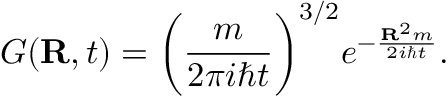
G ( \mathbf { R } , t ) = { \bigg ( } { \frac { m } { 2 \pi i \hbar t } } { \bigg ) } ^ { 3 / 2 } e ^ { - { \frac { \mathbf { R } ^ { 2 } m } { 2 i \hbar t } } } .